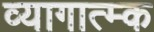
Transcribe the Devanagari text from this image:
व्यागात्म्क